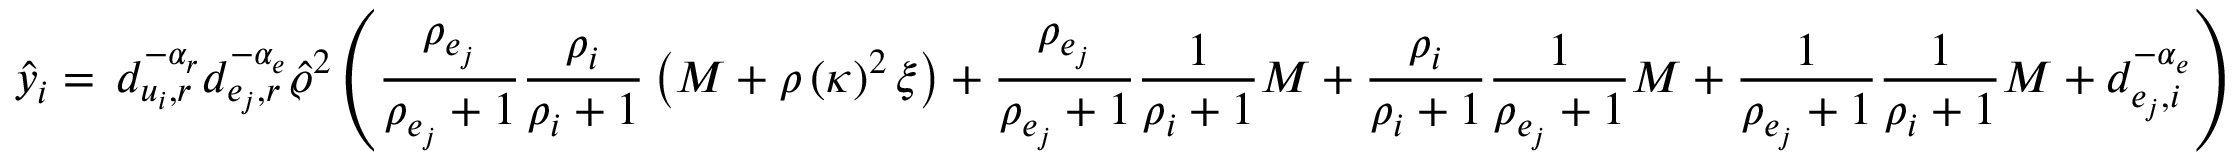
\hat { y } _ { i } = \, d _ { u _ { i } , r } ^ { - \alpha _ { r } } d _ { e _ { j } , r } ^ { - \alpha _ { e } } \hat { \varrho } ^ { 2 } \left( \frac { \rho _ { e _ { j } } } { \rho _ { e _ { j } } + 1 } \frac { \rho _ { i } } { \rho _ { i } + 1 } \left( M + \rho \left( \kappa \right) ^ { 2 } \xi \right) + \frac { \rho _ { e _ { j } } } { \rho _ { e _ { j } } + 1 } \frac { 1 } { \rho _ { i } + 1 } M + \frac { \rho _ { i } } { \rho _ { i } + 1 } \frac { 1 } { \rho _ { e _ { j } } + 1 } M + \frac { 1 } { \rho _ { e _ { j } } + 1 } \frac { 1 } { \rho _ { i } + 1 } M + d _ { e _ { j } , i } ^ { - \alpha _ { e } } \right)